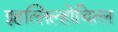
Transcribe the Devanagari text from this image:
इहत्लिल्होचित्ल